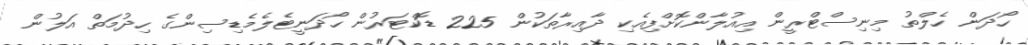
ހޯދަން ހެލްތު މިނިސްޓްރީން އިއުލާންކޮށްފިއެކި ދާއިރާތަކުން 225 ޑޮކްޓަރުން ހޯދަނީޓެލެމެޑިސިންގެ ހިދުމަތް އަލުން